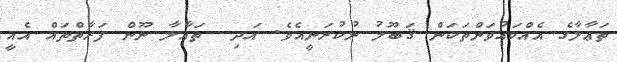
ތަޢާލާގެ އެއްކައުވަންތަކަން ޤަބޫލު ނުކުރަނީއެވެ. އަދި  ތަޢާލާ ނޫން ފަރާތްތައް އެއީ